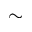
\sim